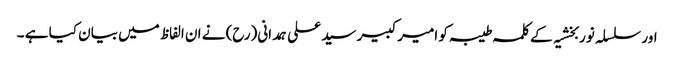
اور سلسلہ نوربخشیہ کے کلمہ طیبہ کو امیر کبیر سید علی ہمدانی(رح) نے ان الفاظ میں بیان کیا ہے ۔